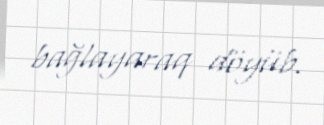
bağlayaraq döyüb.